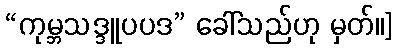
“ကုမ္ဘသဒ္ဒူပပဒ” ခေါ်သည်ဟု မှတ်။]